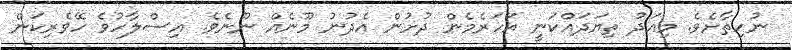
ނުހިތާށެވެ. މިއަދު ތިޔަދައްކަނީ އަހަރެމެން ދުށުން އެދުނު މޫނެއް ނޫނެވެ. އިސްލާހުވެ ހޭވެރިކަން